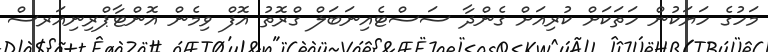
މަހުގެ ހަޔަކުން ހަތަކަށް ކުރިއަށް ގެންދާ ސަސްޓެއިނަބަލް ގްރޮތު އޮފް ވިމެން އޮންޓާޕްރިނިއަރސް